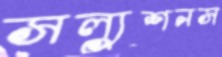
সল্যুশনস